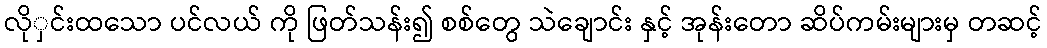
လိုှင်းထသော ပင်လယ် ကို ဖြတ်သန်း၍ စစ်တွေ သဲချောင်း နှင့် အုန်းတော ဆိပ်ကမ်းများမှ တဆင့်